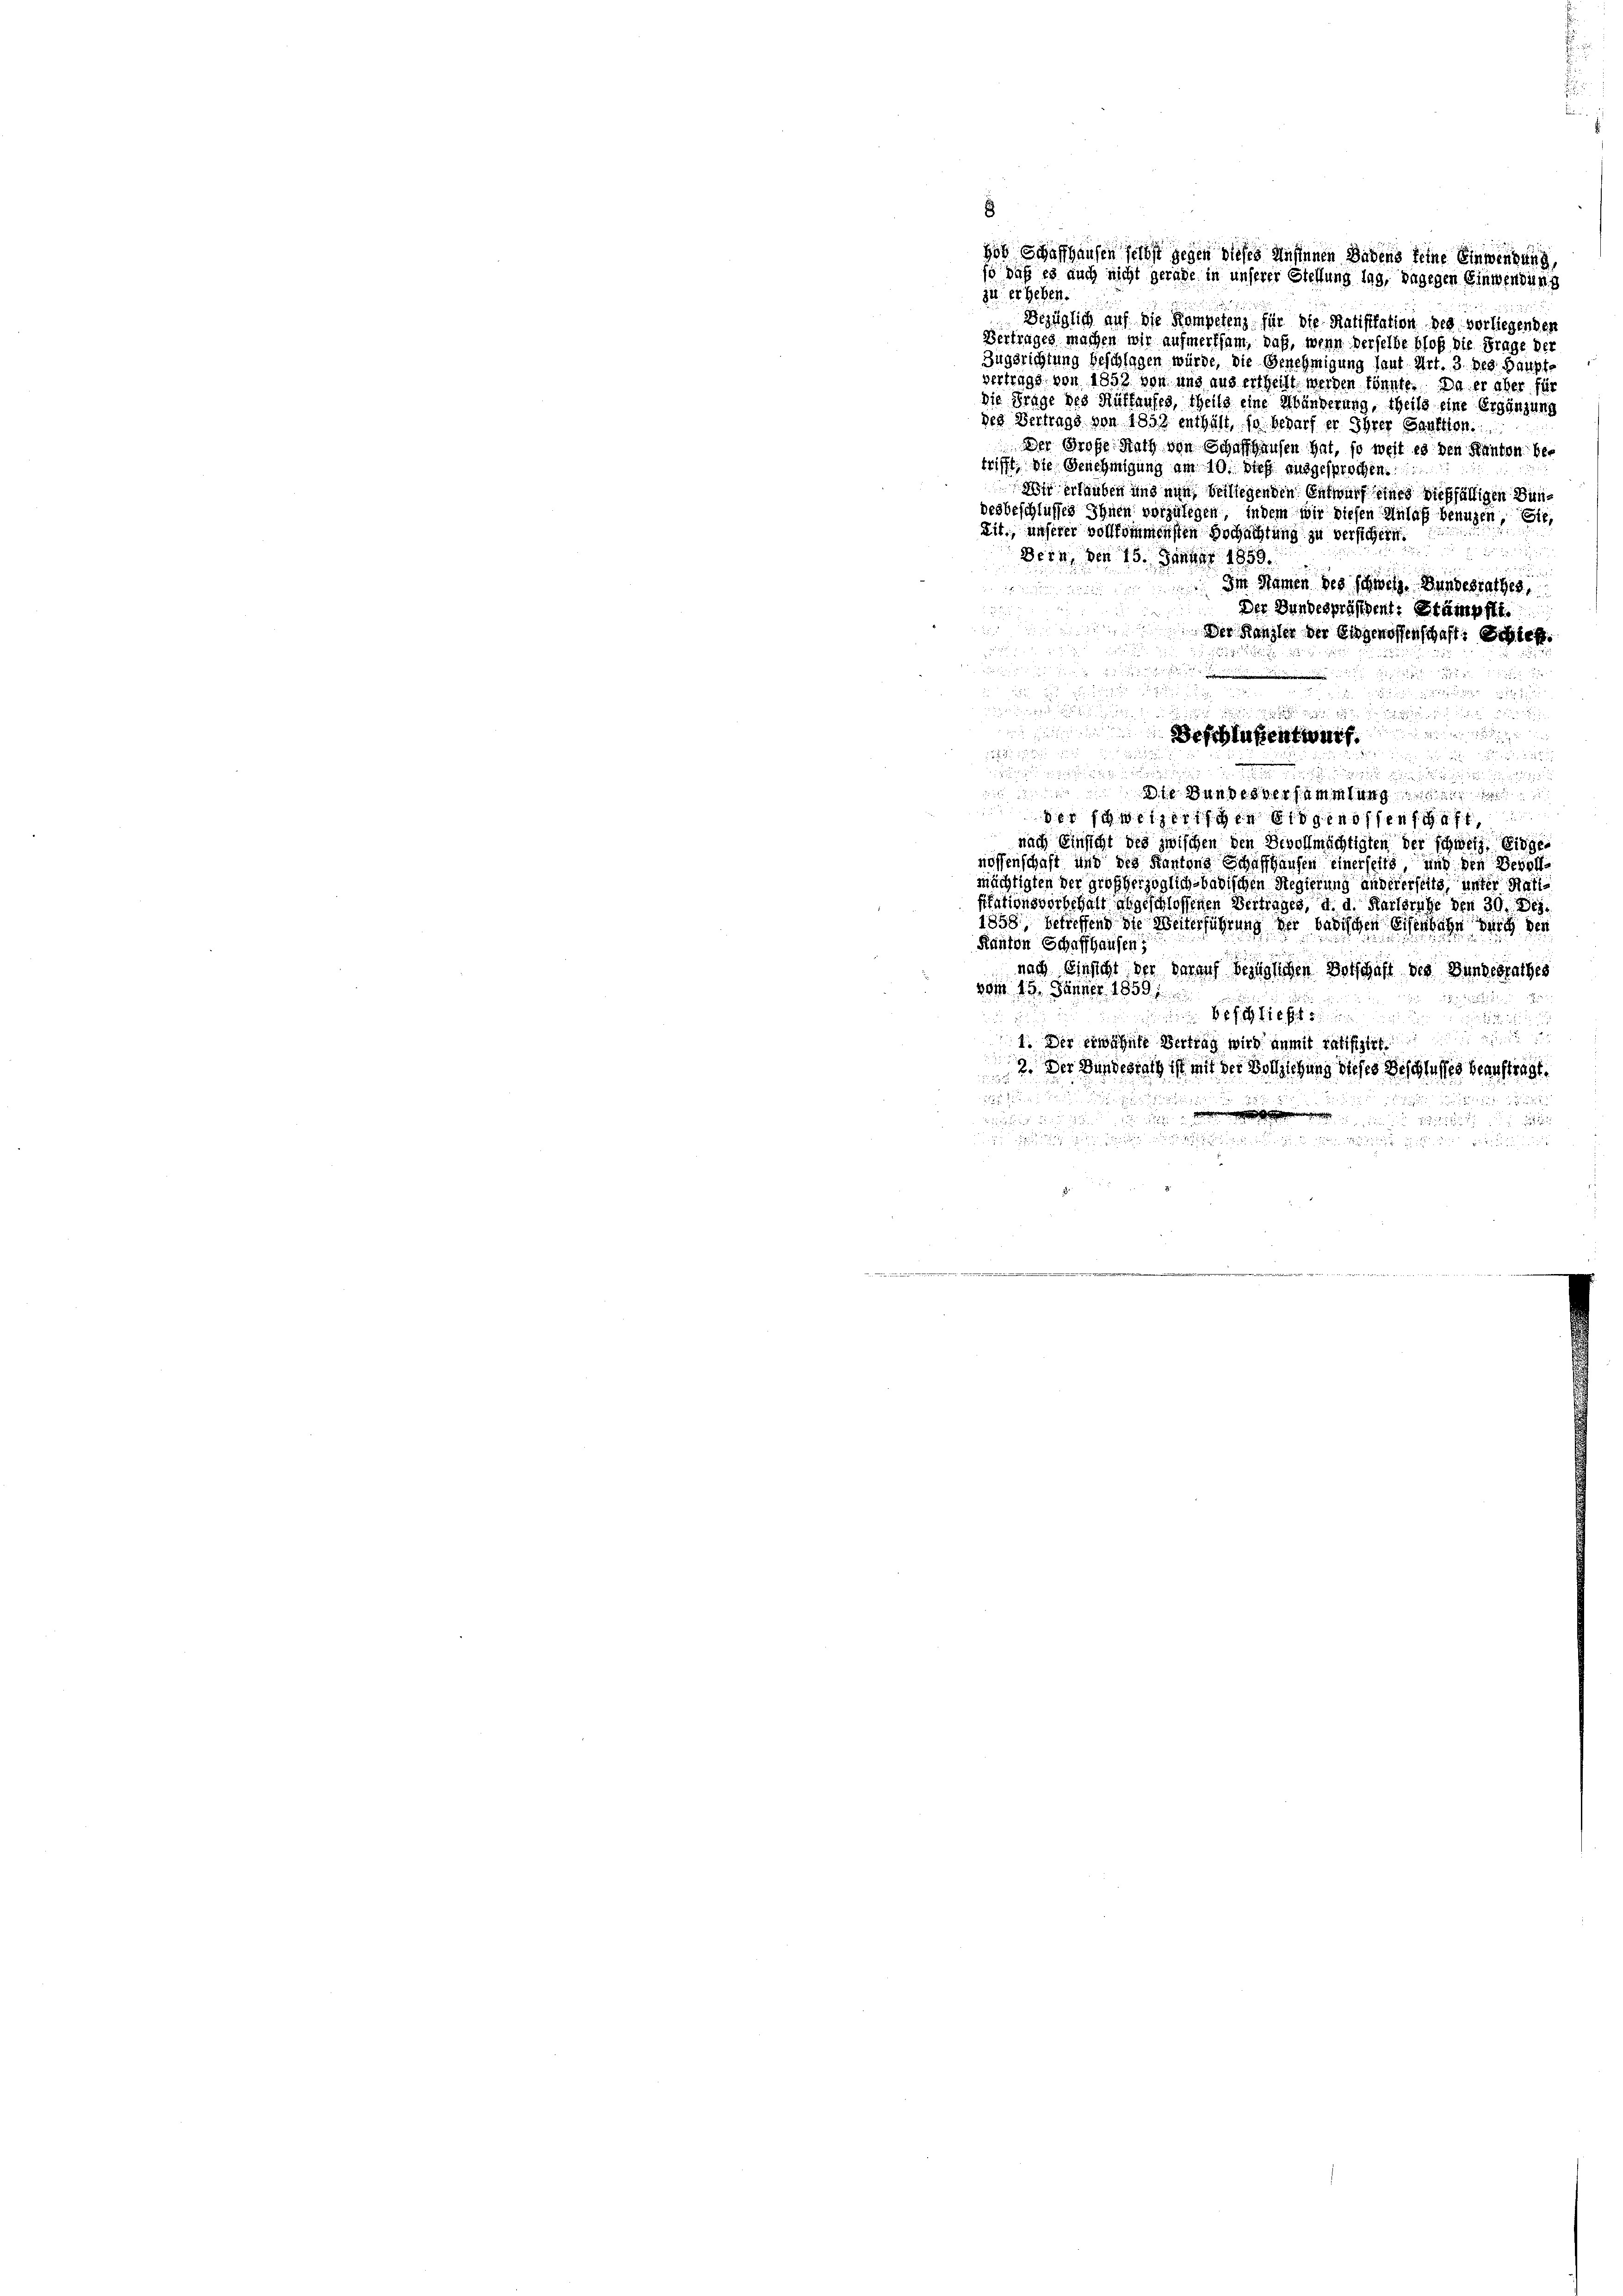
zu erheben.
Bezüglich auf die Kompetenz für die Ratifikation der verliegenden
Vertrages machen wir aufmerksam, daß, wenn derselbe bloß die Frage der
Zugsrichtung beschlagen würde, die Genehmigung laut Art. 3. Der Haupto
vertrage von 1852 von und aus ertheilt werden könnte. Da er aber für
die Frage des Mittauses, theils eine Abänderung, theils eine Ergänzung
des Vertrags von 1858 enthält, so bedarf er Ihrer Sanktion.
Der Große Rath von Schaffhausen hat, so weit es den Kanton betrifft, die Genehmigung am 10. Dief ausgesprochen.
Wir erlauben und nun beiliegenden Entwurf eines dießfälligen Bundesbeschlüsses Ihnen vorzulegen, indem wir diesen Anlaß benuzen, Eie
Lit., unserer vollkommensten Hochachtung zu versichern.

Bern, den 15. Januar 1859.

Im Namen des schweiz. Bundesrathes,

Der Bundespräsident: Stämpft.
e
Der Kanzler der Eigenossenschaft: Schief

e
u

e

Schlafen warf

 Bundesversammlung

der stetenten eigenen
nach Einsicht des zwischen den Bevollmächtigten der schweiz, eingenossenschaft und des Kantons Schaffhausen einerseits, und den Bevollmächtigten der großherzoglich badischen Regierung andererseits, unter Halle
fikationsvorbehalt abgeschlossenen Vertrages, d. d. Karlsruhe den 30. Dez.
1858, betreffend die Weiterführung der badischen Eisenbahn durch den
Kanton Schaffhausen,
nach Einsicht der darauf bezüglichen Vorschaft des Bundesrathes
von 15. Jänner 1859. 1

un

1. Der erwähnte Vertrag wird an mit Ratifizirt
2. Der Bundestalt ist mit der Vollziehung dieses Beschlusses beauftragt.
2

      den und

hob Schaffhausen selbst gegen dieses Ansinnen Badens keine Einwendung
so daß es auch nicht gerade in unserer Stellung lag, dagegen Einwendung